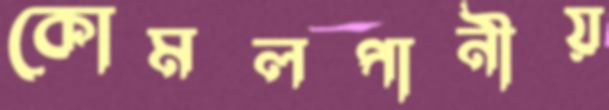
কোমলপানীয়